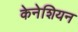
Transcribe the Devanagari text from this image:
केनेशियन